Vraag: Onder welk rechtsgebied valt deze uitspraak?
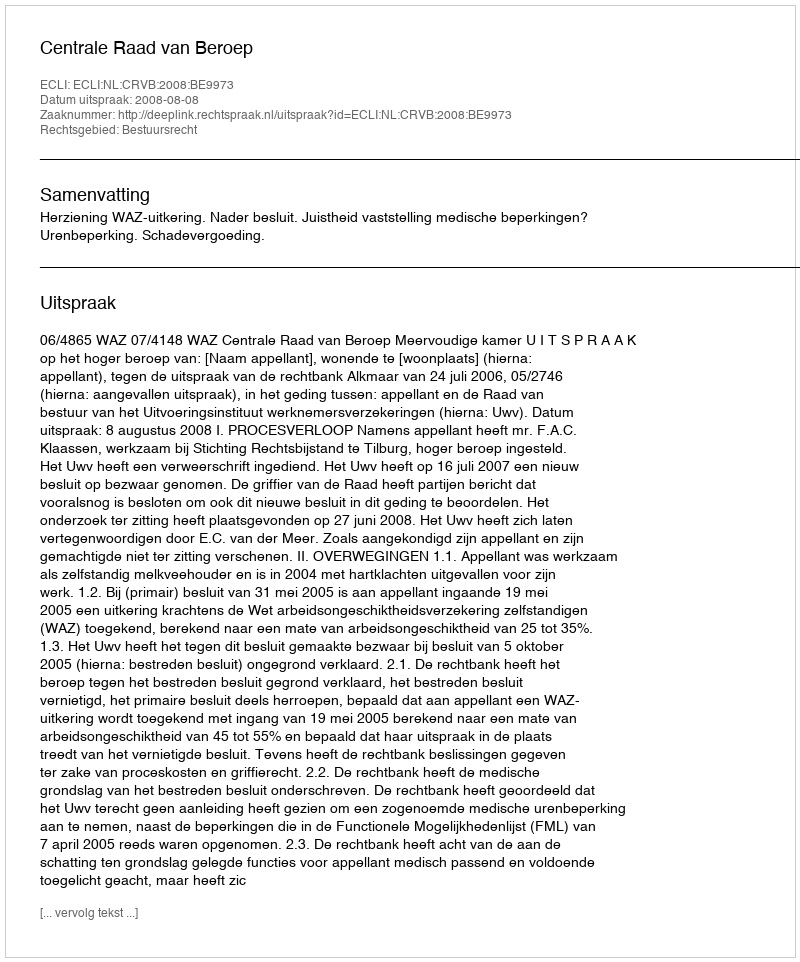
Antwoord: Bestuursrecht